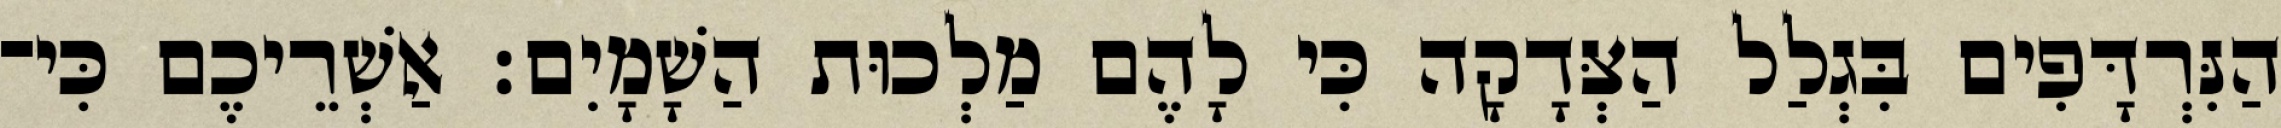
הַנִּרְדָּפִים בִּגְלַל הַצְּדָקָה כִּי לָהֶם מַלְכוּת הַשָׁמָיִם׃ אַשְׁרֵיכֶם כִּי־